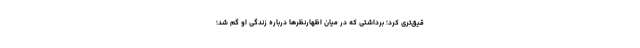
قیق‌تری کرد؛ برداشتی که در میان اظهارنظرها درباره زندگی او گم شد؛